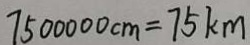
7 5 0 0 0 0 0 c m = 7 5 k m